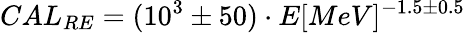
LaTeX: CAL_{RE}=(10^{3}\pm 50)\cdot E[MeV]^{-1.5\pm 0.5}